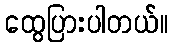
ထွေပြားပါတယ်။